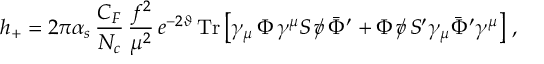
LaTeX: h _ { + } = 2 \pi \alpha _ { s } \, \frac { C _ { F } } { N _ { c } } \, \frac { f ^ { 2 } } { \mu ^ { 2 } } \, e ^ { - 2 \vartheta } \, \mathrm { T r } \left[ \gamma _ { \mu } \, \Phi \, \gamma ^ { \mu } S \, \rlap / v \, \bar { \Phi } ^ { \prime } + \Phi \, \rlap / v \, S ^ { \prime } \gamma _ { \mu } \bar { \Phi } ^ { \prime } \gamma ^ { \mu } \right] \, ,